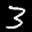
Label: 3